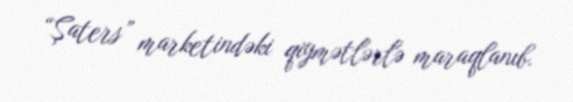
“Şaters” marketindəki qiymətlərlə maraqlanıb.